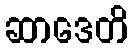
ဆာဒေတိ